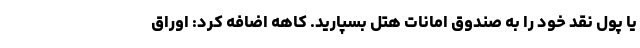
یا پول نقد خود را به صندوق امانات هتل بسپارید. کاهه اضافه کرد: اوراق